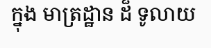
ក្នុង មាត្រដ្ឋាន ដ៏ ទូលាយ